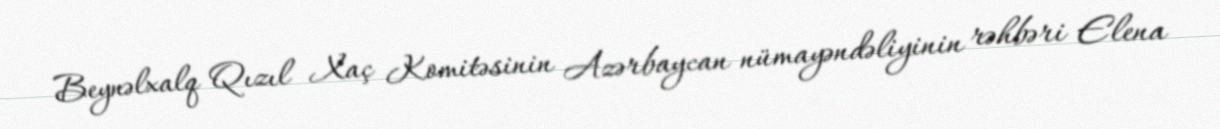
Beynəlxalq Qızıl Xaç Komitəsinin Azərbaycan nümayəndəliyinin rəhbəri Elena